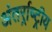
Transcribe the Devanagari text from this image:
अंतर्र्राष्‍ट्रीय